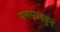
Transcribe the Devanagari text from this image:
मनमाडहून